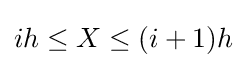
ih\leq X\leq (i+1)h